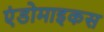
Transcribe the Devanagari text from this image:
एंडोमाइकस